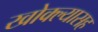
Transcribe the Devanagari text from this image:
खोक्ल्यासह